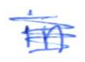
Text: in
Cross-out: scratch
Writing tool: ballpoint